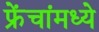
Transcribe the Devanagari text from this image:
फ्रेंचांमध्ये